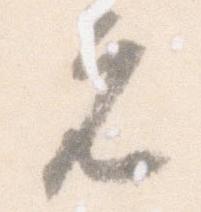
元